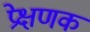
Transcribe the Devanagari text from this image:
प्रेक्षणक